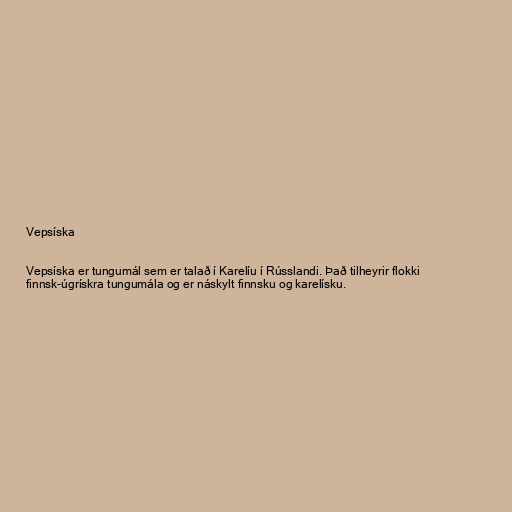
Vepsíska

Vepsíska er tungumál sem er talað í Karelíu í Rússlandi. Það tilheyrir flokki
finnsk-úgrískra tungumála og er náskylt finnsku og karelísku.